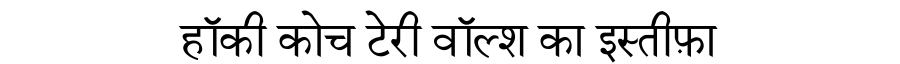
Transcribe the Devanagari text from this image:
हॉकी कोच टेरी वॉल्श का इस्तीफ़ा